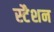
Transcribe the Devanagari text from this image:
स्टैशन